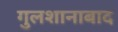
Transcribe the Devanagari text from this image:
गुलशानाबाद